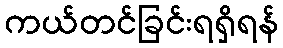
ကယ်တင်ခြင်းရရှိရန်